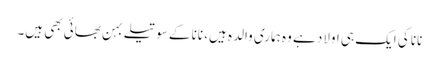
نانا کی ایک ہی اولاد ہے وہ ہماری والدہ ہیں، نانا کے سوتیلے بہن بھائی بھی ہیں۔